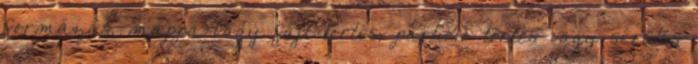
formázás, mappa vagy fájl törlés, partíció törlés vagy sérülés